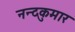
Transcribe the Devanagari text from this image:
नन्दकुमार